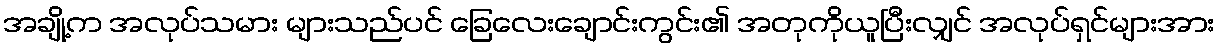
အချို့က အလုပ်သမား များသည်ပင် ခြေလေးချောင်းကွင်း၏ အတုကိုယူပြီးလျှင် အလုပ်ရှင်များအား